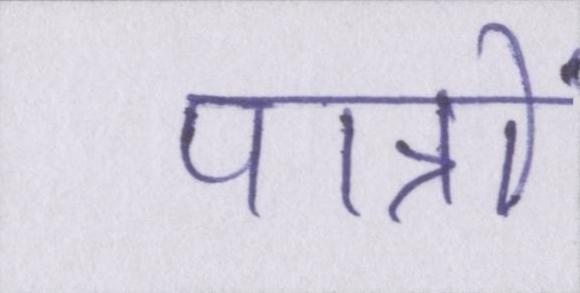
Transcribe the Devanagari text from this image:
पात्रों